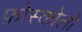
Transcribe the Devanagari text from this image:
फ़ोस्कोलो